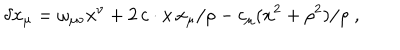
\delta x _ { \mu } = \omega _ { \mu \nu } x ^ { \nu } + 2 \, c \cdot x \, x _ { \mu } / \rho - c _ { \mu } ( x ^ { 2 } + \rho ^ { 2 } ) / \rho \; ,